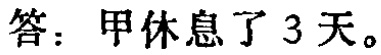
答：甲休息了 3 天。